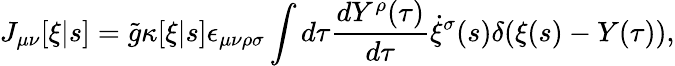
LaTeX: J_{\mu\nu}[\xi|s]=\tilde{g}\kappa[\xi|s]\epsilon_{\mu\nu\rho\sigma}\int d\tau\frac{dY^{\rho}(\tau)}{d\tau}\dot{\xi}^{\sigma}(s)\delta(\xi(s)-Y(\tau)),